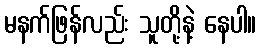
မနက်ဖြန်လည်း သူတို့နဲ့ နေပါ။